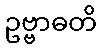
ဥဗ္ဗာဓတိ